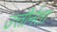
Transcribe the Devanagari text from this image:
उत्तीर्नता